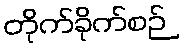
တိုက်ခိုက်စဉ်